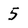
Character: 5